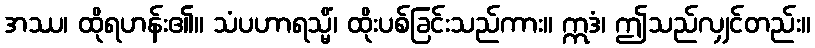
အဿ၊ ထိုရဟန်း၏။ သံပဟာရသ္မိံ၊ ထိုးပစ်ခြင်းသည်ကား။ ဣဒံ၊ ဤသည်လျှင်တည်း။